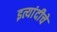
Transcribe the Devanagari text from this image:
इत्यांदीचे